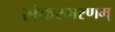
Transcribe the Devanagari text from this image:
संकरभरणम्